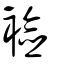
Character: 襝